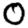
Digit: 0